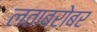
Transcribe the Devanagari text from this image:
लताबरोबर